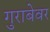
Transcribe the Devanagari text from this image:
गुराबेवर